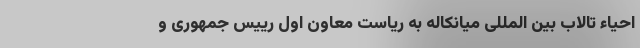
احیاء تالاب بین المللی میانکاله به ریاست معاون اول رییس جمهوری و